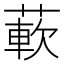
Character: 𬝵